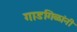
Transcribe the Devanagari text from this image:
गाडगिळांनी